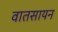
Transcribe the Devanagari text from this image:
वातसायन